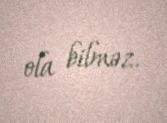
ola bilməz.